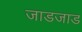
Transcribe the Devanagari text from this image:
जाडजाड